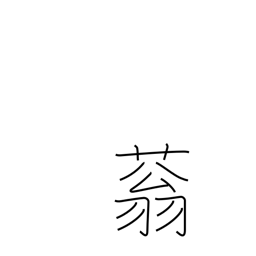
Meaning: vigorous growth